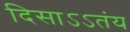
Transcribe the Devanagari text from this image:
दिसाऽऽतंय